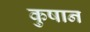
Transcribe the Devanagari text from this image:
कुषान